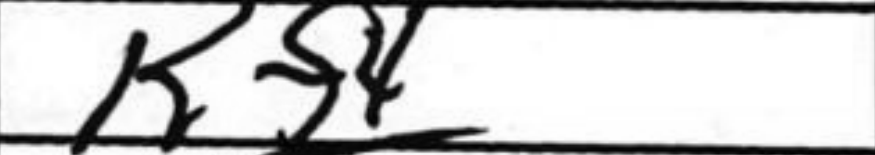
Transcription: Kf4